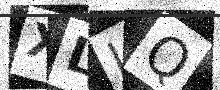
Text: XLLQ